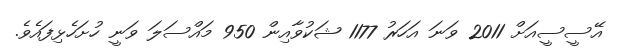
އޭސީސީއަށް 2011 ވަނަ އަހަރު 1177 ޝަކުވާއިން 950 މައްސަލަ ވަނީ ހުށަހެޅިފައެވެ.